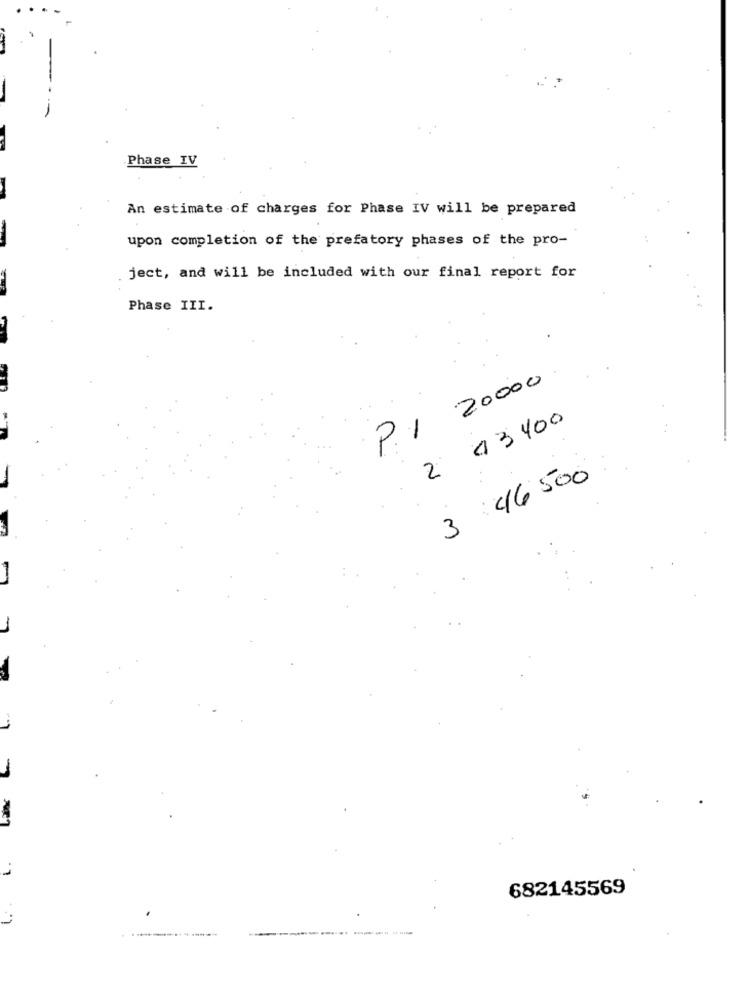
Phase IV
An estimate of charges for Phase IV will be prepared
upon completion of the prefatory phases of the pro-
ject, and will be included with our final report for
Phase III.
P.1 20000
2 43400
3 46 500
-
-
682145569